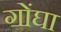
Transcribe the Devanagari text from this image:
गोंघा